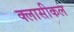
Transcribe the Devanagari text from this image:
क्लासीकल